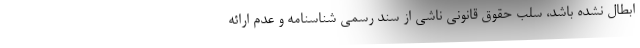
ابطال نشده باشد، سلب حقوق قانونی ناشی از سند رسمی شناسنامه و عدم ارائه